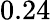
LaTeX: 0.24